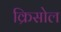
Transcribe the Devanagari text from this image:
क्रिसोल